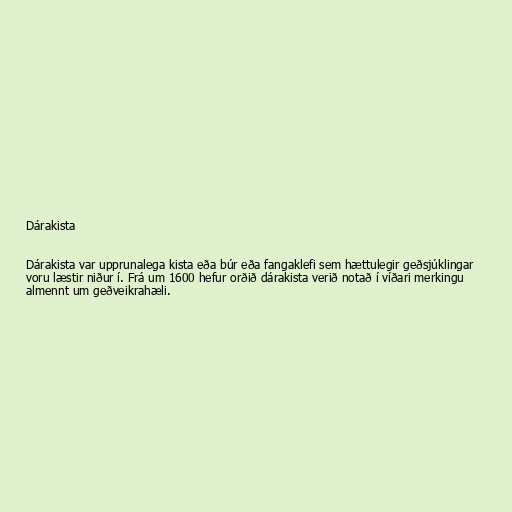
Dárakista

Dárakista var upprunalega kista eða búr eða fangaklefi sem hættulegir geðsjúklingar
voru læstir niður í. Frá um 1600 hefur orðið dárakista verið notað í víðari merkingu
almennt um geðveikrahæli.